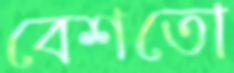
বেশতো